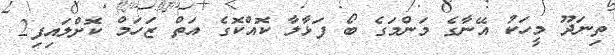
ތިނަދޫ މީހަކު އޭނާގެ މަންމަގެ ބޯ ފަޅާލާ ކޮއްކޮގެ އަތް ޒަހަމް ކޮށްލައިފި2